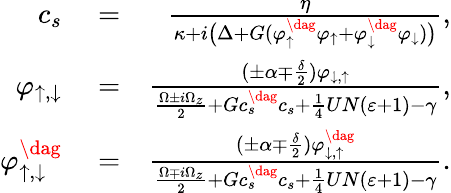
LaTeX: \begin{array}{rlr}{c_{s}}&{{}=}&{\frac{\eta}{\kappa+i\big(\Delta+G(\varphi_{\uparrow}^{\dag}\varphi_{\uparrow}+\varphi_{\downarrow}^{\dag}\varphi_{\downarrow})\big)},}\\ {\varphi_{\uparrow,\downarrow}}&{{}=}&{\frac{(\pm\alpha\mp\frac{\delta}{2})\varphi_{\downarrow,\uparrow}}{\frac{\Omega\pm i\Omega_{z}}{2}+Gc_{s}^{\dag}c_{s}+\frac{1}{4}UN(\varepsilon+1)-\gamma},}\\ {\varphi_{\uparrow,\downarrow}^{\dag}}&{{}=}&{\frac{(\pm\alpha\mp\frac{\delta}{2})\varphi_{\downarrow,\uparrow}^{\dag}}{\frac{\Omega\mp i\Omega_{z}}{2}+Gc_{s}^{\dag}c_{s}+\frac{1}{4}UN(\varepsilon+1)-\gamma}.}\end{array}